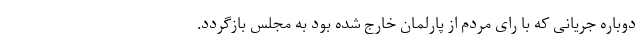
دوباره جریانی که با رای مردم از پارلمان خارج شده بود به مجلس بازگردد.